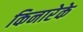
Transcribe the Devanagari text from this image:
किनारेके